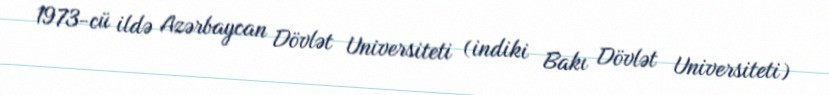
1973-cü ildə Azərbaycan Dövlət Universiteti (indiki Bakı Dövlət Universiteti)